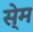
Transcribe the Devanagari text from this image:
से्म